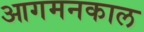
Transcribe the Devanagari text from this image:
आगमनकाल